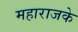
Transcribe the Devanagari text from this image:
महाराजके